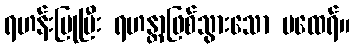
ရဟန်းပြုပြီး ရဟန္တာဖြစ်သွားသော မထေရ်။